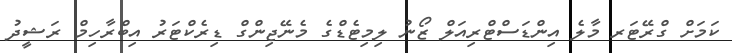
ކަމަށް ގްރޭޓަރ މާލެ އިންޑަސްޓްރިއަލް ޒޯނު ލިމިޓެޑްގެ މެނޭޖިންގް ޑިރެކްޓަރު އިބްރާހިމް ރަޝީދު